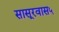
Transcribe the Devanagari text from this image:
सासूरवास५